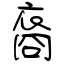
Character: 裔